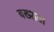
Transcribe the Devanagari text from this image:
बख्शता